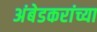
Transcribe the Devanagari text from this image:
अंबेडकरांच्या